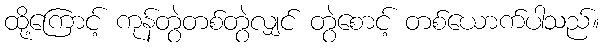
ထို့ကြောင့် ကုန်တွဲတစ်တွဲလျှင် တွဲစောင့် တစ်ယောက်ပါသည်။